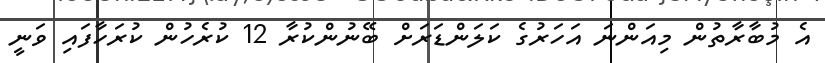
އެ މުބާރާތުން މިއަންނަ އަހަރުގެ ކަލަންޑަރަށް ބޭނުންކުރާ 12 ކުރެހުން ކުރަހާފައި ވަނީ